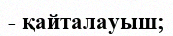
- қайталауыш;